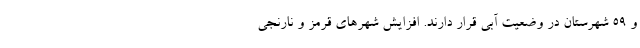
و ۵۹ شهرستان در وضعیت آبی قرار دارند. افزایش شهر‌های قرمز و نارنجی